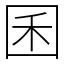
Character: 囷